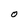
Character: O